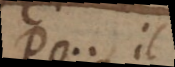
_Po._ il